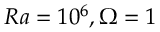
R a = 1 0 ^ { 6 } , \Omega = 1